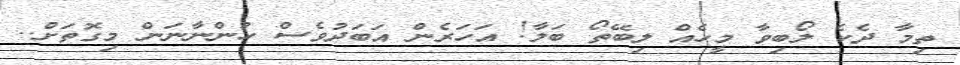
ތިމާ ދެކެ ލޯބިވާ މީހެއް ލިބޭތޯ ބަލާ! އަހަރެން އަބަދުވެސް ހުންނާނަން މިގޮތަށް..